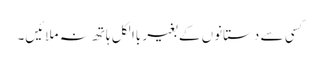
کسی سے دستانوں کے بغیر باالکل ہاتھ نہ ملائیں۔